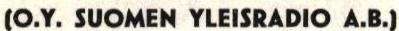
(O.Y.SUOMEN YLEISRADIO A.B.)